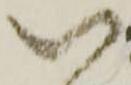
い